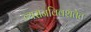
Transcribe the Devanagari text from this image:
व्यसनविवशतेत